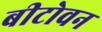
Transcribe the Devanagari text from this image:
बीटोवन